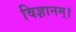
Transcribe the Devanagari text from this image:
विज्ञानम्।